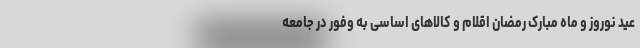
عید نوروز و ماه مبارک رمضان اقلام و کالاهای اساسی به وفور در جامعه